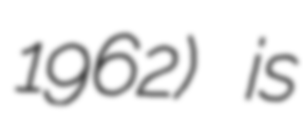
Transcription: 1962) is